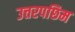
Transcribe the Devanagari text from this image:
उत्तरपछिम